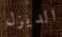
الديزل